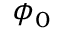
\boldsymbol { \phi } _ { 0 }